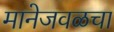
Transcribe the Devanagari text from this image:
मानेजवळचा